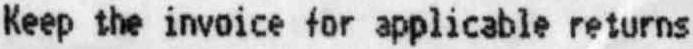
KEEP THE INVOICE FOR APPLICABLE RETURNS